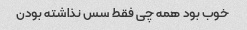
خوب بود همه چی فقط سس نذاشته بودن